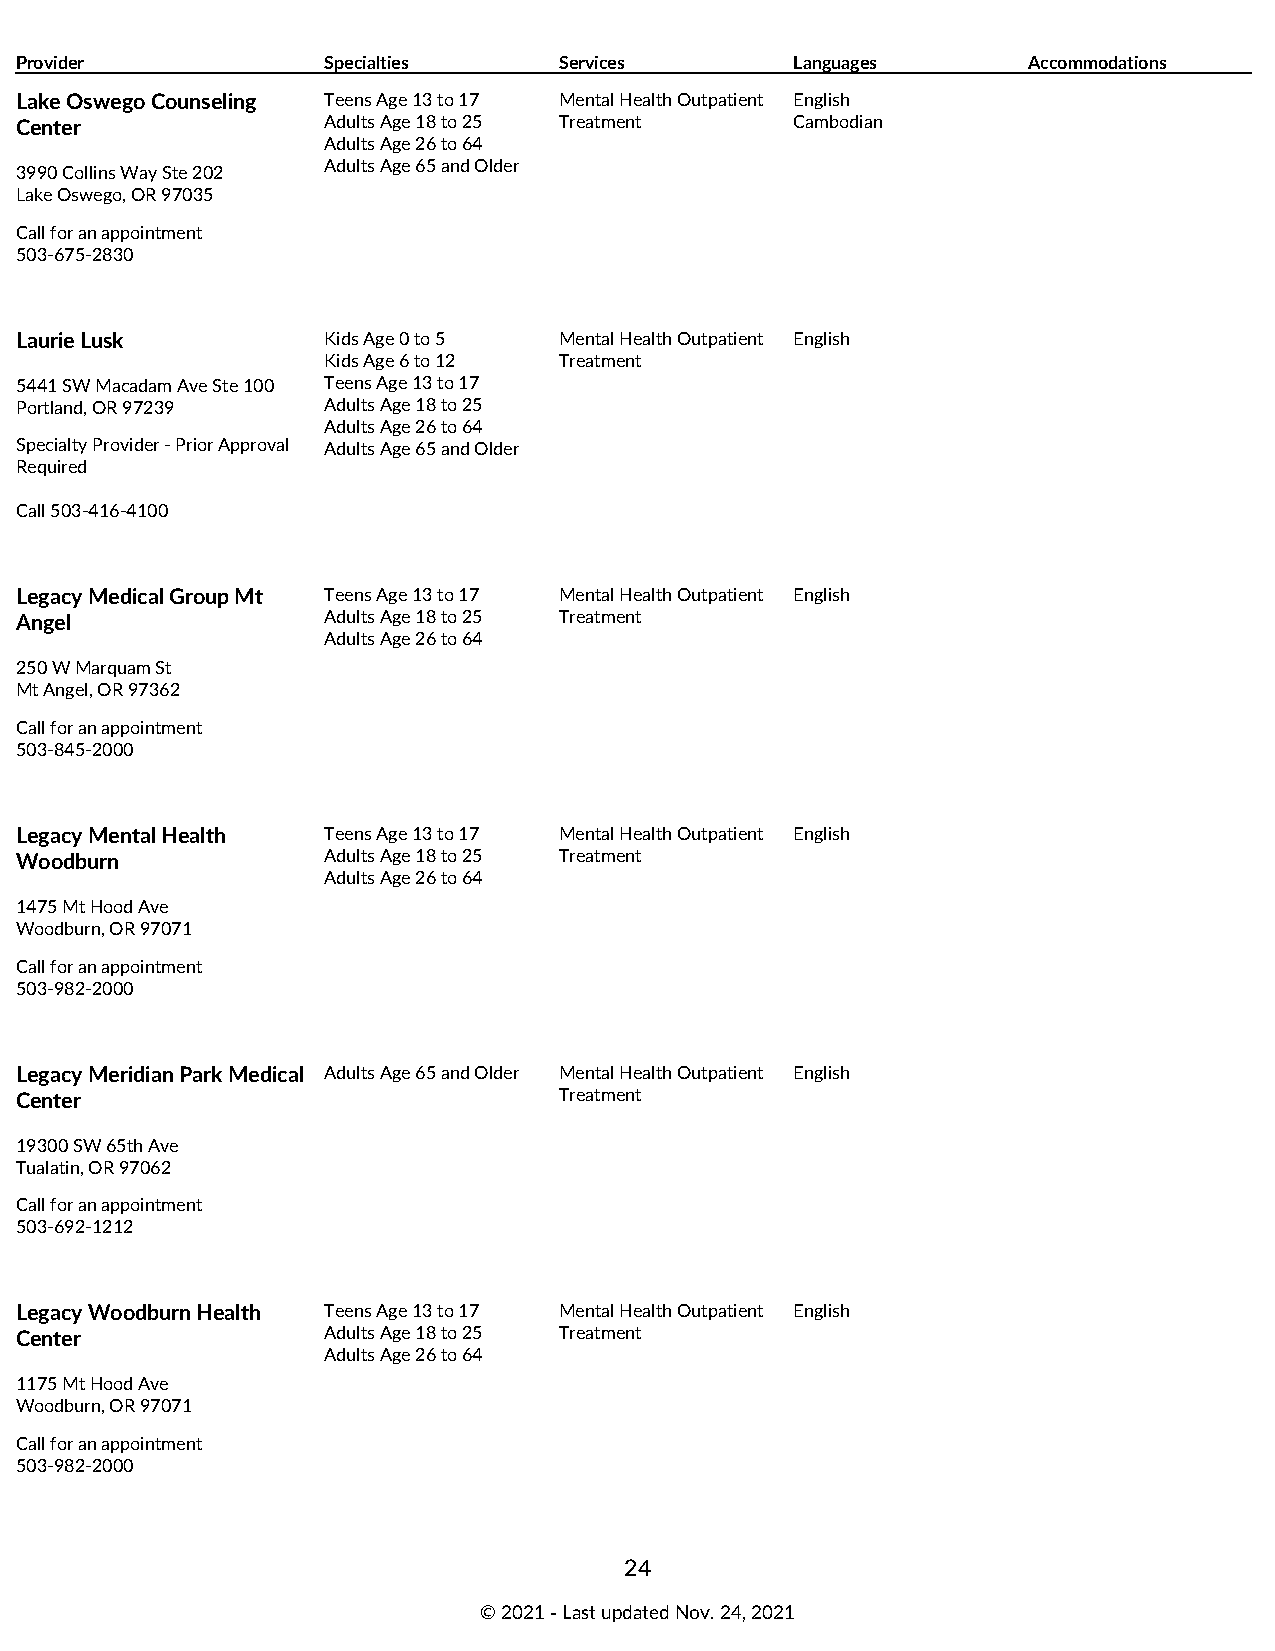
Provider            Specialties     Services        Languages      Accommodations
 Lake Oswego Counseling Teens Age 13 to 17 Mental Health Outpatient English
 Center              Adults Age 18 to 25 Treatment   Cambodian
 Adults Age 26 to 64
 Adults Age 65 and Older
 3990 Collins Way Ste 202
 Lake Oswego, OR 97035
 Call for an appointment
 503-675-2830
 Laurie Lusk         Kids Age 0 to 5 Mental Health Outpatient English
 Kids Age 6 to 12 Treatment
 5441 SW Macadam Ave Ste 100 Teens Age 13 to 17
 Portland, OR 97239  Adults Age 18 to 25
 Adults Age 26 to 64
 Specialty Provider - Prior Approval Adults Age 65 and Older
 Required
 Call 503-416-4100
 Legacy Medical Group Mt Teens Age 13 to 17 Mental Health Outpatient English
 Angel               Adults Age 18 to 25 Treatment
 Adults Age 26 to 64
 250 W Marquam St
 Mt Angel, OR 97362
 Call for an appointment
 503-845-2000
 Legacy Mental Health Teens Age 13 to 17 Mental Health Outpatient English
 Woodburn            Adults Age 18 to 25 Treatment
 Adults Age 26 to 64
 1475 Mt Hood Ave
 Woodburn, OR 97071
 Call for an appointment
 503-982-2000
 Legacy Meridian Park Medical Adults Age 65 and Older Mental Health Outpatient English
 Center                              Treatment
 19300 SW 65th Ave
 Tualatin, OR 97062
 Call for an appointment
 503-692-1212
 Legacy Woodburn Health Teens Age 13 to 17 Mental Health Outpatient English
 Center              Adults Age 18 to 25 Treatment
 Adults Age 26 to 64
 1175 Mt Hood Ave
 Woodburn, OR 97071
 Call for an appointment
 503-982-2000
 24
 © 2021 ‑ Last updated Nov. 24, 2021